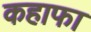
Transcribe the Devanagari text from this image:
कहाफा